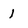
Character: 1